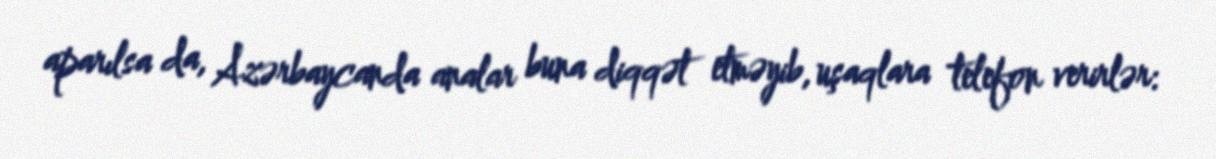
aparılsa da, Azərbaycanda analar buna diqqət etməyib, uşaqlara telefon verirlər: